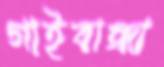
গাইবান্ধা